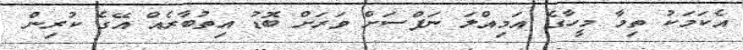
އެކަމަކު ތިމާ މީހާގެ އަމިއްލަ ނަފްސަށް ވަރަށް ބޮޑު އިތުބާރެއް އޭގެ ކުރިން